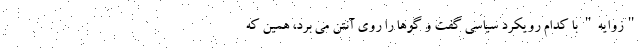
"زوایه" با کدام رویکرد سیاسی گفت و گوها را روی آنتن می برد، همین که